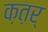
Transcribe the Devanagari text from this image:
क़त़र्